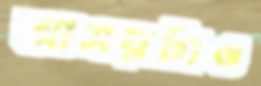
আসরটাও